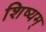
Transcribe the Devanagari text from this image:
शिष्यम्